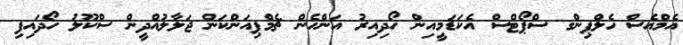
އެމްއެސް ހެލްޕިންގ ސްޕޯޓްސް އެކަޑަމީއިން ހޯދިއިރު އަންހެން ޗެމްޕިއަންކަން ޖަލާލުއްދީން ސްކޫލު ހޯދައިފި